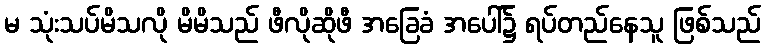
မ သုံးသပ်မိသလို မိမိသည် ဖီလိုဆိုဖီ အခြေခံ အပေါ်၌ ရပ်တည်နေသူ ဖြစ်သည်